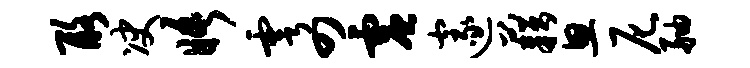
酪决晤雩四虚邃藉思尼舳